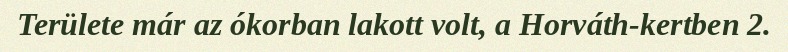
Területe már az ókorban lakott volt, a Horváth-kertben 2.